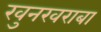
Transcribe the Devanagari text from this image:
खुनखराबा